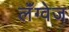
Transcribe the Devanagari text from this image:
लॅंग्वेज